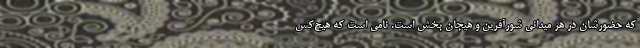
که حضورشان در هر میدانی شورآفرین و هیجان بخش است. نامی است که هیچ‌کس